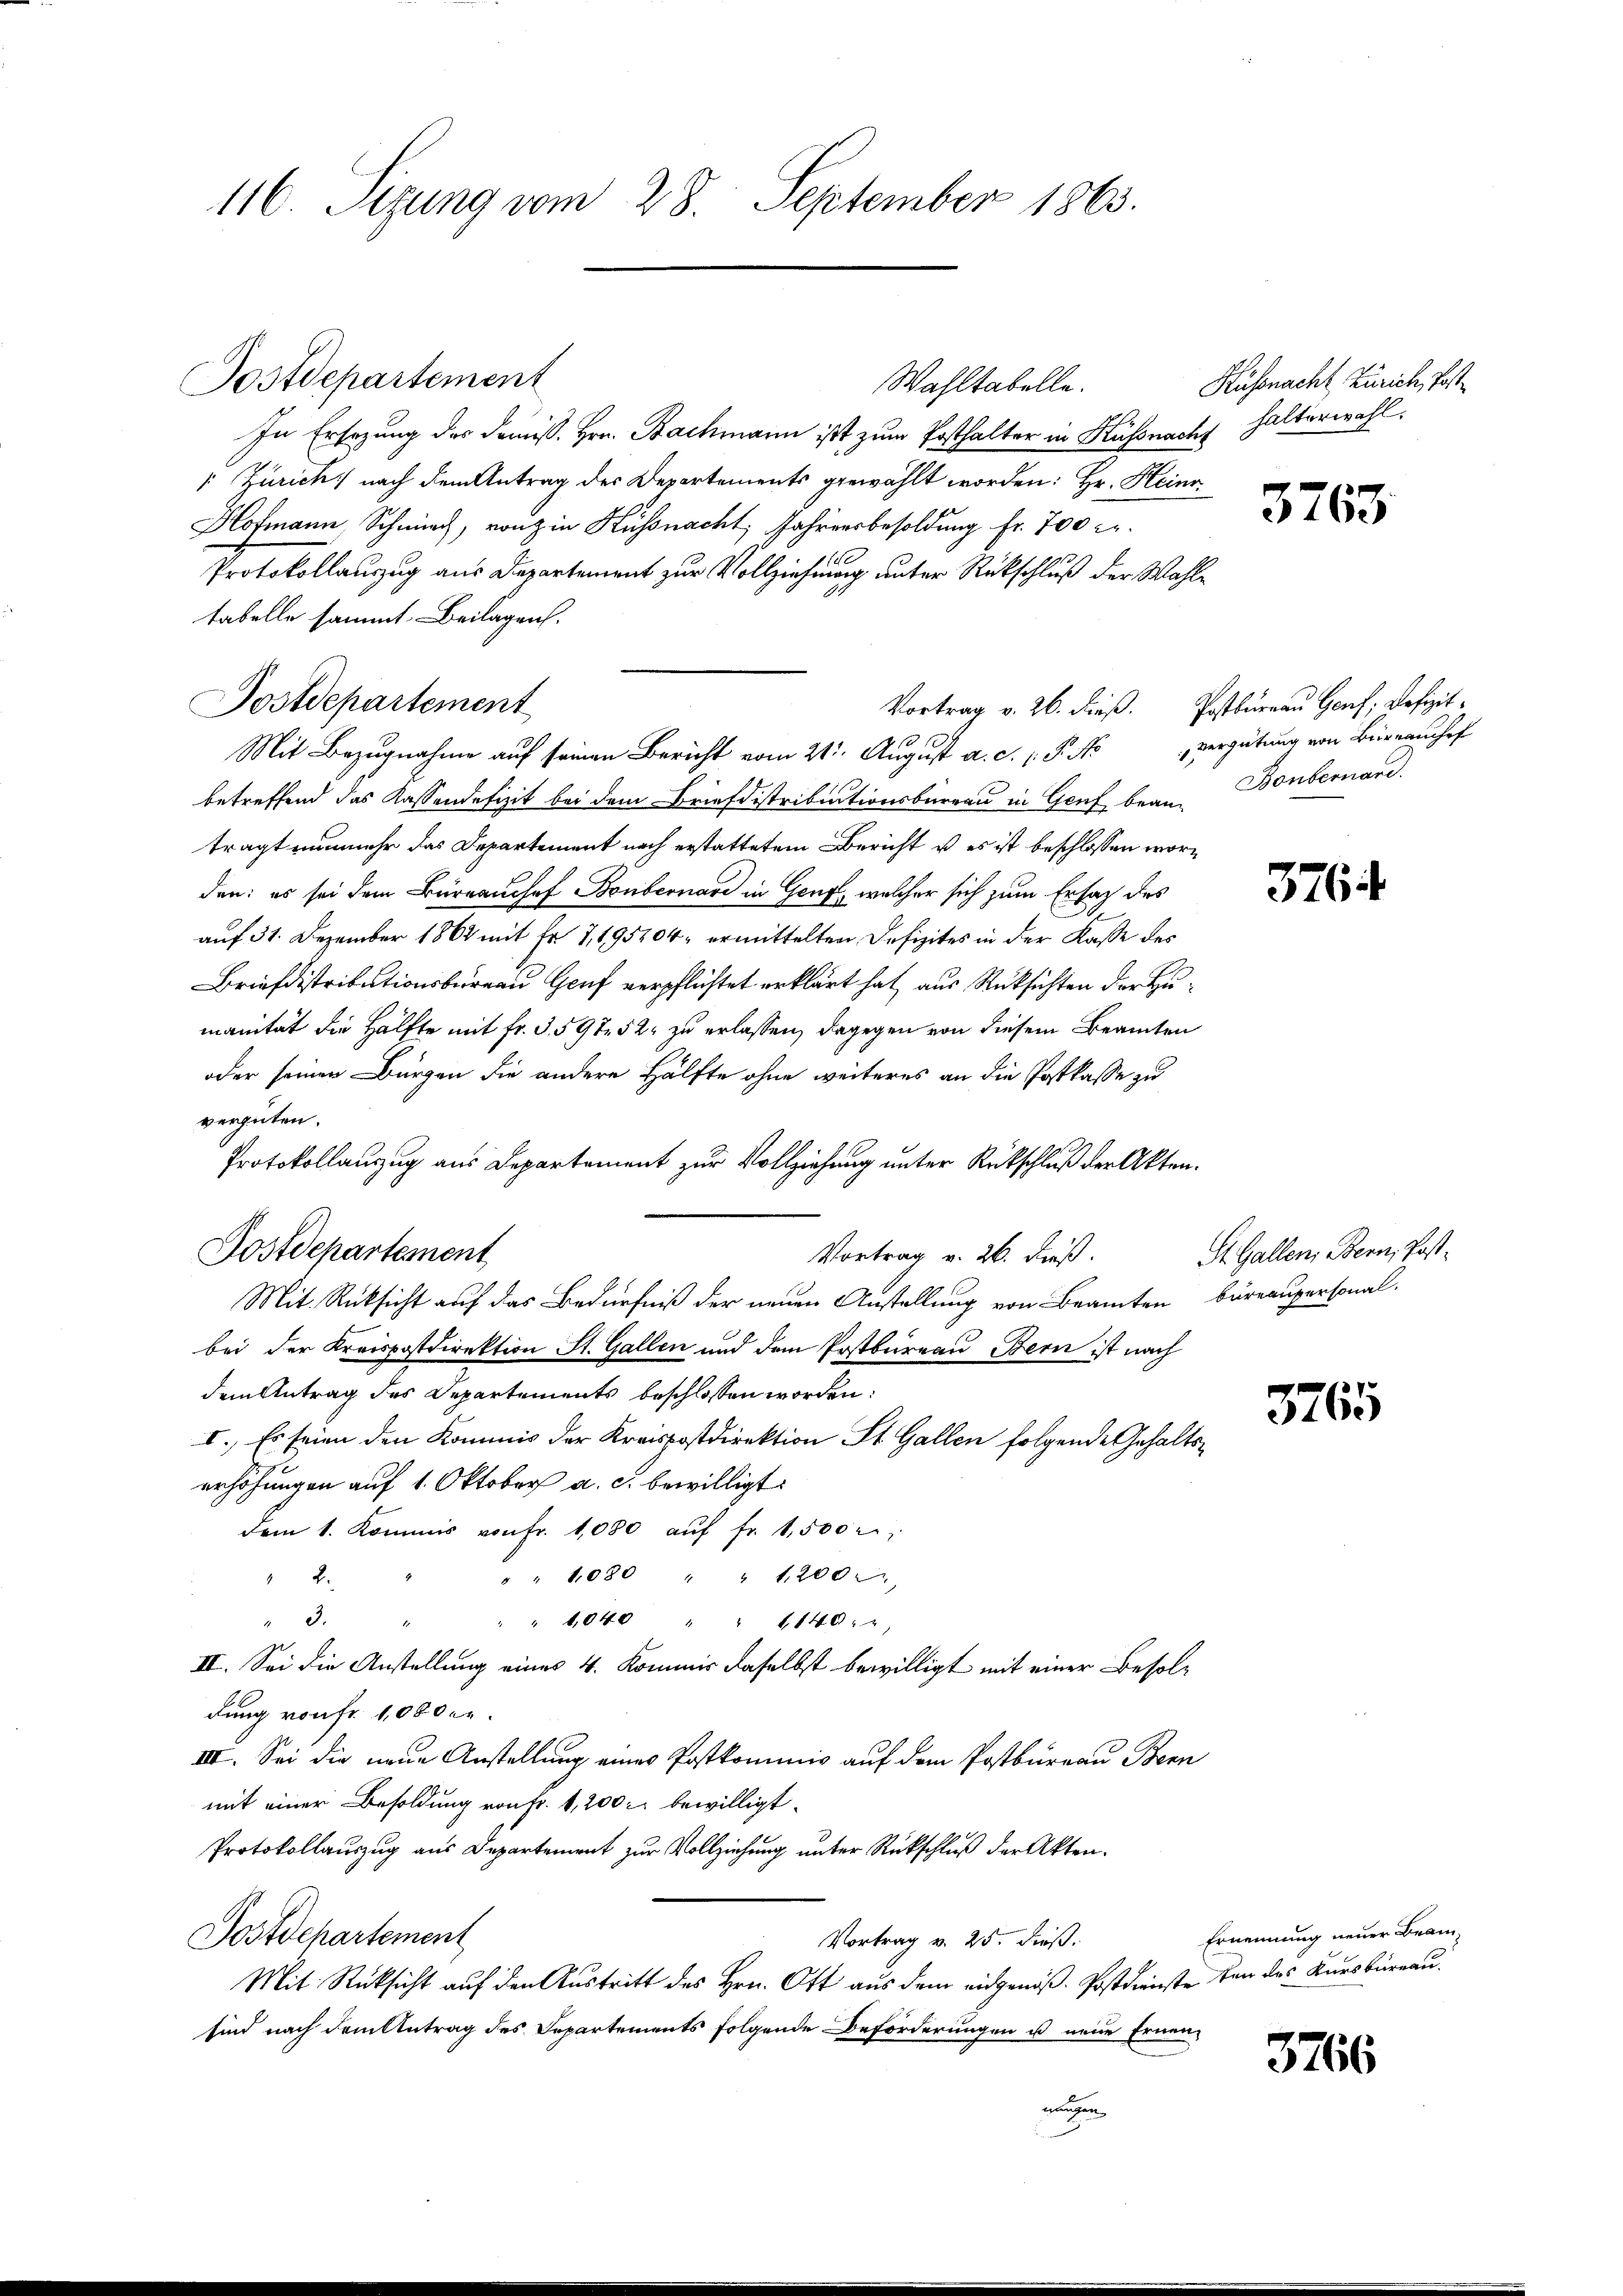
116. Sizung vom 28. September 1863.

Postdepartement
In Ersezung des Domiss. Hrn. Bachmann ist zum Posthalter in Küssnach halterwahl.
 Zürich nach dem Antrag des Departements gewählt worden: Hr. Heinr
Hofmann, Schnung, von in Küssnacht, Jahrensbesoldung fr. 700 c.
Protokollauszug aus Departement zur Vollziehung unter Rückschluß der Wahltabelle sammt Beilagen.
Mit Bezugnahme auf seinen Bericht vom 21. August a. c. P. Novergütung von Bernachf
betreffend das Kassendefizit bei dem Briefdistributionsbüreau in Genf bean- Bonbernard.
trägt nunmehr das Departement noch erstattetem Bericht u es ist beschlossen worden: es sei dem Büreauchef Bonbernare in Genf, welcher sich zum Ersatz des
auf 31. Dezember 1862 mit Fr. 7,195204- ermittelten Defizites in der Kasse des
Briefdistributionsbüreau Genf verpflichtet erklärt hat aus Rücksichten der Zumanität die Hälfte mit fr. S. 597. 52 zu erlassen, dagegen von diesem Beamten
oder seinen Bürgen die andere Hälfte ohne weiteres an die Postkasse zu
vergüten.
Protokollauszug aus Departement zur Vollziehung unter Rückschluß der Akten.
Dostdepartement
Vortrag v. 26. dieß.
Mit Rücksicht auf das Bedürfniß der neuen Anstellung von Beamten bureaupersonal-
bei der Kreispostdirektion St. Gallen und dem Postbureau Bern ist nach
dem Antrag des Departements beschlossen worden:
I. Es seien den Kommis der Kreispostdirektion St. Gallen folgende Gehaltserhöhungen auf 1. Oktober a. c. bewilligt:
dem 1. Kommis von fr. 1080 aŭf fr. 1,500 r
" " 1080 " " 1200.
2.
2 f 2
" " 1040 " " 1140:
II. Sei die Anstellung eines 4. Kommis daselbst bewilligt mit einer Besoldung von fr. 100 der
III. Sei die neue Anstellung eines Postkommnis auf dem Postbureau Bern
mit einer Besoldung von Fr. 1,200 bewilligt.
Protokollauszug aus Departement zur Vollziehung unter Rückschluß der Akten¬
Postdepartement
Vortrag v. 25. dieß.
Mit Rücksicht auf den Austritt des Hrn. Oft aus dem eidgenöß-Postdienste den des Kursbureau.
sind nach dem Antrag des Departements folgende Beförderungen u neue Ernennangen

Postdepartement

Wahltabelle.

Küssnacht Zürich, Post¬

3763

Vortrag v. 26. dieß. Postbüreau Genf; Defizit¬

5764.

St. Gallen, Bern, Post¬

3765

Ernennung neuer Beam

3766